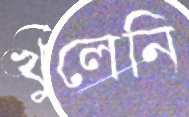
খুলেনি